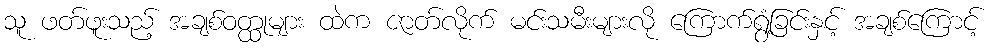
သူ ဖတ်ဖူးသည့် အချစ်ဝတ္ထုများ ထဲက ဇာတ်လိုက် မင်းသမီးများလို ကြောက်ရွံ့ခြင်းနှင့် အချစ်ကြောင့်